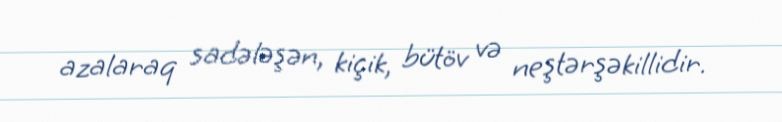
azalaraq sadələşən, kiçik, bütöv və neştərşəkillidir.